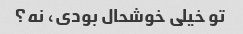
تو خیلی خوشحال بودی، نه؟